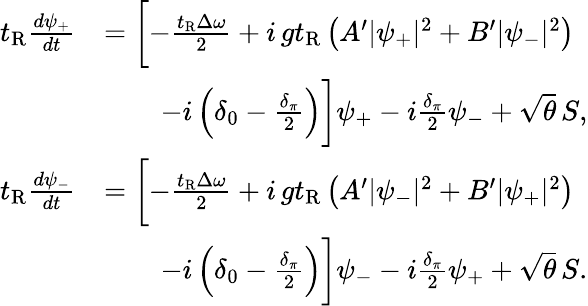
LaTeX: \begin{array}{rl}{t_{\mathrm{R}}\frac{d\psi_{+}}{dt}}&{=\biggl[-\frac{t_{\mathrm{R}}\Delta\omega}{2}+i\, gt_{\mathrm{R}}\left(A^{\prime}|\psi_{+}|^{2}+B^{\prime}|\psi_{-}|^{2}\right)}\\ &{\qquad-i\left(\delta_{0}-\frac{\delta_{\pi}}{2}\right)\biggr]\psi_{+}-i\frac{\delta_{\pi}}{2}\psi_{-}+\sqrt{\theta}\, S,}\\ {t_{\mathrm{R}}\frac{d\psi_{-}}{dt}}&{=\biggl[-\frac{t_{\mathrm{R}}\Delta\omega}{2}+i\, gt_{\mathrm{R}}\left(A^{\prime}|\psi_{-}|^{2}+B^{\prime}|\psi_{+}|^{2}\right)}\\ &{\qquad-i\left(\delta_{0}-\frac{\delta_{\pi}}{2}\right)\biggr]\psi_{-}-i\frac{\delta_{\pi}}{2}\psi_{+}+\sqrt{\theta}\, S.}\end{array}